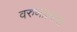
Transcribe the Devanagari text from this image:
वरुणप्रधास